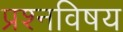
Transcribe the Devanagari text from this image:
प्रश्नविषय